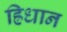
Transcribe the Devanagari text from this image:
ह्रिधान